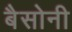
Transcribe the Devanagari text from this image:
बैसोनी